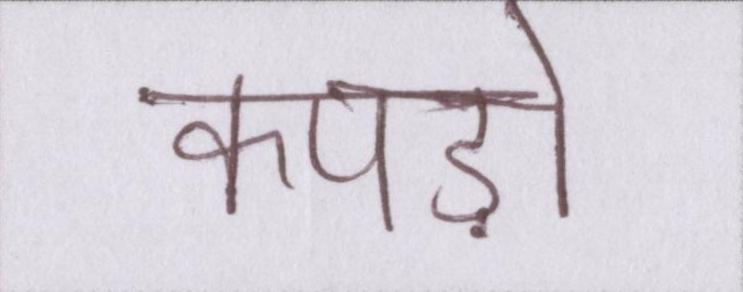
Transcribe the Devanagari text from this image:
कपड़ों